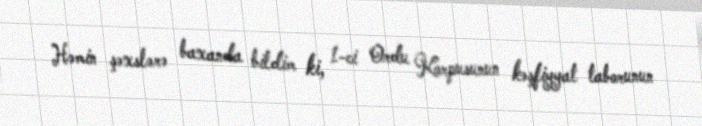
Həmin şəxslərə baxanda bildim ki, 1-ci Ordu Korpusunun kəşfiyyat taborunun